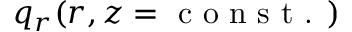
q _ { r } ( r , z = \textrm { c o n s t . } )